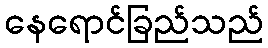
နေရောင်ခြည်သည်